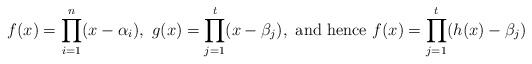
\begin{align*}f(x)=\prod_{i=1}^n (x-\alpha_i), \ g(x)=\prod_{j=1}^t(x-\beta_j),\ \textnormal{and hence}\ f(x)=\prod_{j=1}^t(h(x)-\beta_j)\end{align*}